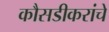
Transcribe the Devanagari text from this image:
कौसडीकरांचे